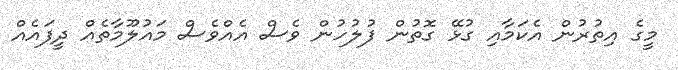
މީގެ އިތުރުން އެކަމާއި ގުޅޭ ގޮތުން ފުލުހުން ވެސް އެއްވެސް މައުލޫމާތެއް ދީފައެއް